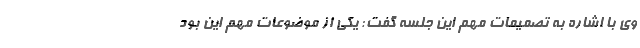
وی با اشاره به تصمیمات مهم این جلسه گفت: یکی از موضوعات مهم این بود